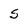
Character: 5